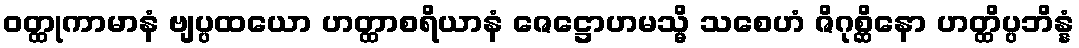
ဝတ္ထုကာမာနံ ဗျပ္ပထယော ဟတ္ထာစရိယာနံ ဇေဋ္ဌောဟမသ္မိ သစေဟံ ဇိဂုစ္ဆိနော ဟတ္ထိပ္ပဘိန္နံ